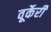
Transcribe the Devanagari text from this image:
वूर्केरी